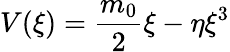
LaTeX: V(\xi)=\frac{m_{0}}{2}\xi-\eta\xi^{3}